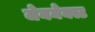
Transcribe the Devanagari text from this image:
जेननेक्स्ट